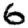
Digit: 6